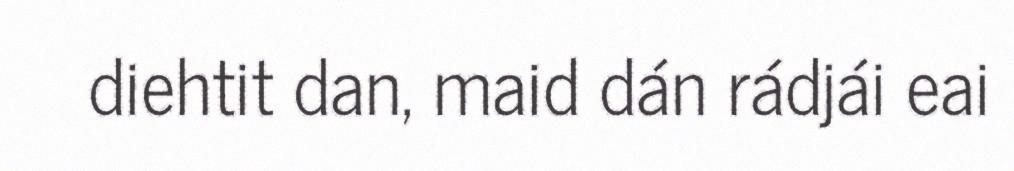
diehtit dan, maid dán rádjái eai